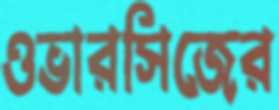
ওভারসিজের